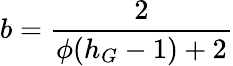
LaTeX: b=\frac{2}{\phi(h_{G}-1)+2}